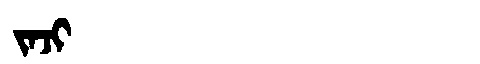
Manchu: ᠵᠠᠵᡳ
Romanization: JAJI